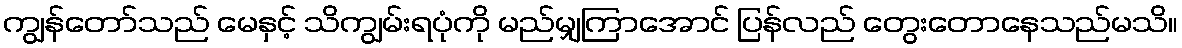
ကျွန်တော်သည် မေနှင့် သိကျွမ်းရပုံကို မည်မျှကြာအောင် ပြန်လည် တွေးတောနေသည်မသိ။